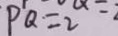
P Q = 2